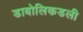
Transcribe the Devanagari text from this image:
डाबोलिकडली